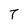
Character: T